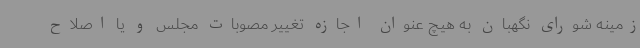
زمینه شورای نگهبان به هیچ عنوان اجازه تغییر مصوبات مجلس و یا اصلاح